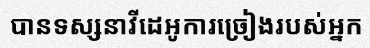
បានទស្សនាវីដេអូការច្រៀងរបស់អ្នក